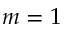
m = 1